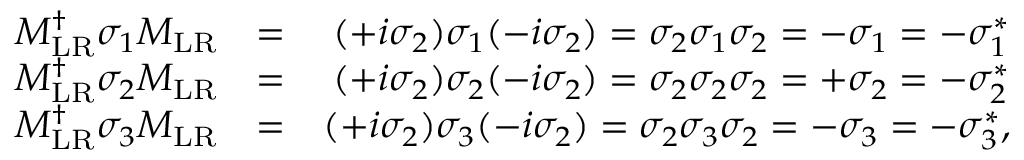
\begin{array} { r l r } { M _ { \mathrm { L R } } ^ { \dagger } \sigma _ { 1 } M _ { \mathrm { L R } } } & { = } & { ( + i \sigma _ { 2 } ) \sigma _ { 1 } ( - i \sigma _ { 2 } ) = \sigma _ { 2 } \sigma _ { 1 } \sigma _ { 2 } = - \sigma _ { 1 } = - \sigma _ { 1 } ^ { * } } \\ { M _ { \mathrm { L R } } ^ { \dagger } \sigma _ { 2 } M _ { \mathrm { L R } } } & { = } & { ( + i \sigma _ { 2 } ) \sigma _ { 2 } ( - i \sigma _ { 2 } ) = \sigma _ { 2 } \sigma _ { 2 } \sigma _ { 2 } = + \sigma _ { 2 } = - \sigma _ { 2 } ^ { * } } \\ { M _ { \mathrm { L R } } ^ { \dagger } \sigma _ { 3 } M _ { \mathrm { L R } } } & { = } & { ( + i \sigma _ { 2 } ) \sigma _ { 3 } ( - i \sigma _ { 2 } ) = \sigma _ { 2 } \sigma _ { 3 } \sigma _ { 2 } = - \sigma _ { 3 } = - \sigma _ { 3 } ^ { * } , } \end{array}